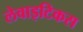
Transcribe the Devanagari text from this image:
लेवाइटिकस